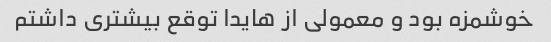
خوشمزه بود و معمولی از هایدا توقع بیشتری داشتم